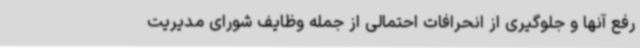
رفع آنها و جلوگیری از انحرافات احتمالی از جمله وظایف شورای مدیریت